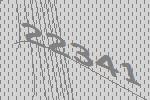
22341